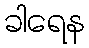
ခါရေန